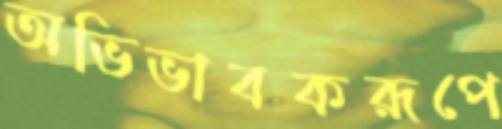
অভিভাবকরূপে